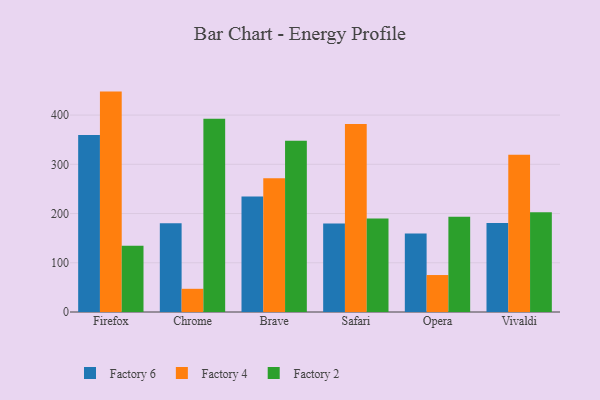
{"axis": {"x": "Browser", "y": "Satisfaction Score"}, "legend": ["Factory 2", "Factory 4", "Factory 6"], "data": [{"x": "Firefox", "y": 359.4, "type": "Factory 6"}, {"x": "Firefox", "y": 447.7, "type": "Factory 4"}, {"x": "Firefox", "y": 134.8, "type": "Factory 2"}, {"x": "Chrome", "y": 180.5, "type": "Factory 6"}, {"x": "Chrome", "y": 47.1, "type": "Factory 4"}, {"x": "Chrome", "y": 392.8, "type": "Factory 2"}, {"x": "Brave", "y": 234.7, "type": "Factory 6"}, {"x": "Brave", "y": 271.8, "type": "Factory 4"}, {"x": "Brave", "y": 348.0, "type": "Factory 2"}, {"x": "Safari", "y": 180.0, "type": "Factory 6"}, {"x": "Safari", "y": 381.8, "type": "Factory 4"}, {"x": "Safari", "y": 189.7, "type": "Factory 2"}, {"x": "Opera", "y": 159.4, "type": "Factory 6"}, {"x": "Opera", "y": 75.1, "type": "Factory 4"}, {"x": "Opera", "y": 193.3, "type": "Factory 2"}, {"x": "Vivaldi", "y": 181.0, "type": "Factory 6"}, {"x": "Vivaldi", "y": 319.4, "type": "Factory 4"}, {"x": "Vivaldi", "y": 202.4, "type": "Factory 2"}]}